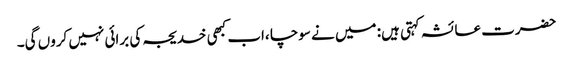
حضرت عائشہ کہتی ہیں: میں نے سوچا ،اب کبھی خدیجہ کی برائی نہیں کروں گی۔